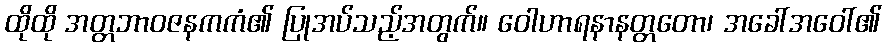
ထိုထို အတ္တဘာဝဇနကကံ၏ ပြုအပ်သည့်အတွက်။ ဝေါဟာရနာနတ္တတော၊ အခေါ်အဝေါ်၏